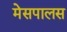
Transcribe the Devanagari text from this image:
मेसपालस